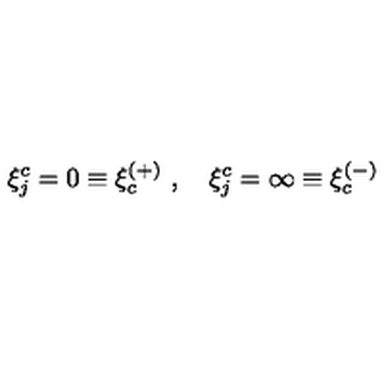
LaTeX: \xi _ { j } ^ { c } = 0 \equiv \xi _ { c } ^ { ( + ) } \ , \quad \xi _ { j } ^ { c } = \infty \equiv \xi _ { c } ^ { ( - ) } \quad